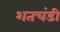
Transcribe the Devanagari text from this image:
शतचंडी